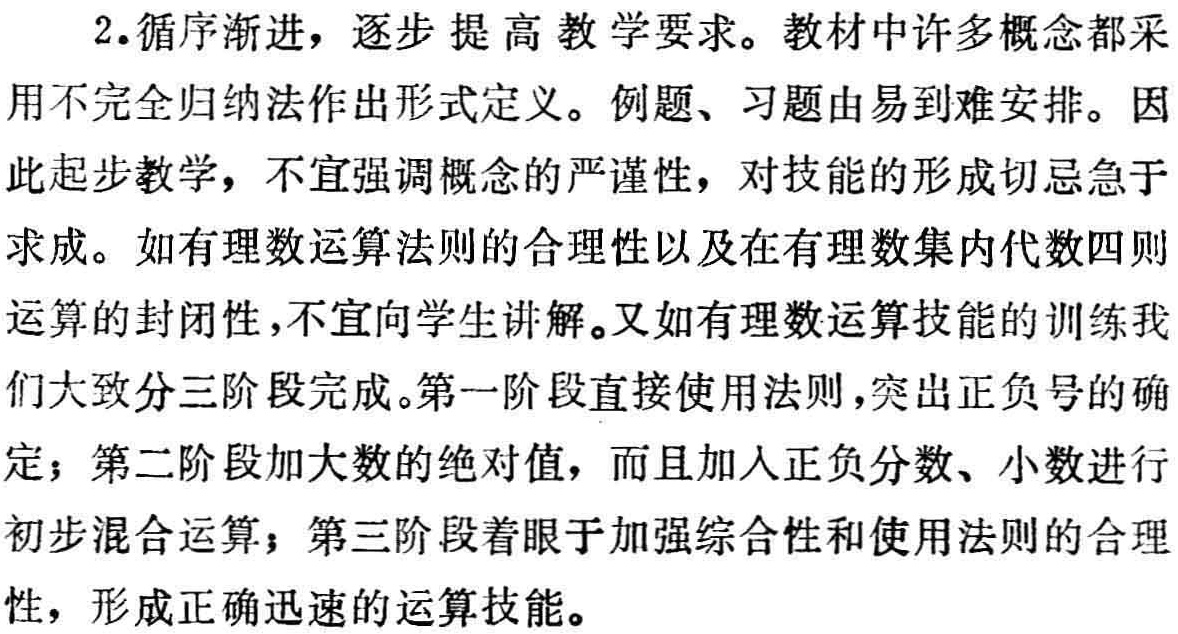
2.循序渐进，逐步提高教学要求。教材中许多概念都采

用不完全归纳法作出形式定义。例题、习题由易到难安排。因

此起步教学，不宜强调概念的严谨性，对技能的形成切忌急于

求成。如有理数运算法则的合理性以及在有理数集内代数四则

运算的封闭性，不宜向学生讲解。又如有理数运算技能的训练我

们大致分三阶段完成。第一阶段直接使用法则，突出正负号的确

定；第二阶段加大数的绝对值，而且加入正负分数、小数进行

初步混合运算；第三阶段着眼于加强综合性和使用法则的合理

性，形成正确迅速的运算技能。